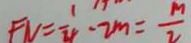
F N = \frac { 1 } { 4 } - 2 m = \frac { m } { 2 }